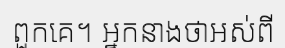
ពួកគេ។ អ្នកនាងថាអស់ពី